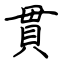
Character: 貫